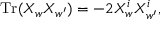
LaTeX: \mathrm { T r } ( X _ { w } X _ { w ^ { \prime } } ) = - 2 X _ { w } ^ { i } X _ { w ^ { \prime } } ^ { i } ,